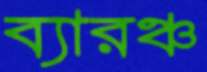
ব্যারঞ্চ